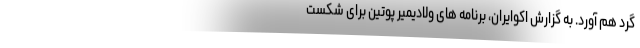
گرد هم آورد. به گزارش اکوایران، برنامه های ولادیمیر پوتین برای شکست